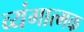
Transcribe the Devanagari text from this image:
व्‍यंगात्‍मक